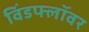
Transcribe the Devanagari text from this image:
विंडफ्लॉवर